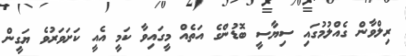
ރިލްވާން ގެއްލުމުގައި ސިޔާސީ ބޮޑުންގެ އަތެއް މީގައިވާ ކަމީ އެއީ ކަށަވަރުވެ ޔަގީން